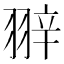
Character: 𦐹